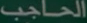
الحاجب